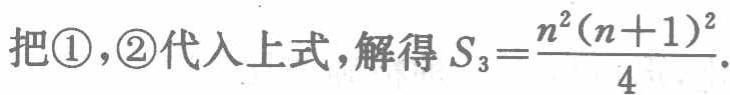
把\textcircled{1}，\textcircled{2}代入上式，解得 \(S_{3}=\frac{n^{2}(n + 1)^{2}}{4}\).